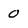
Character: 0